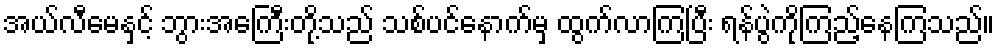
အယ်လီမေနှင့် ဘွားအေကြီးတို့သည် သစ်ပင်နောက်မှ ထွက်လာကြပြီး ရန်ပွဲကိုကြည့်နေကြသည်။